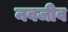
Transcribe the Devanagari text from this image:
नवजीव